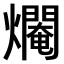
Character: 𤑷